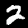
Digit: 2